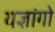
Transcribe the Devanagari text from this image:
यज्ञांगो